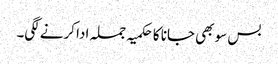
بس سو بھی جانا کا حکمیہ جملہ ادا کرنے لگی۔